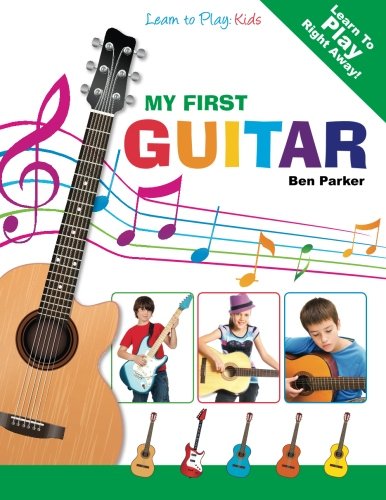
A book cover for My First Guitar: Learn To Play: Kids; Ben Parker; Arts & Photography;